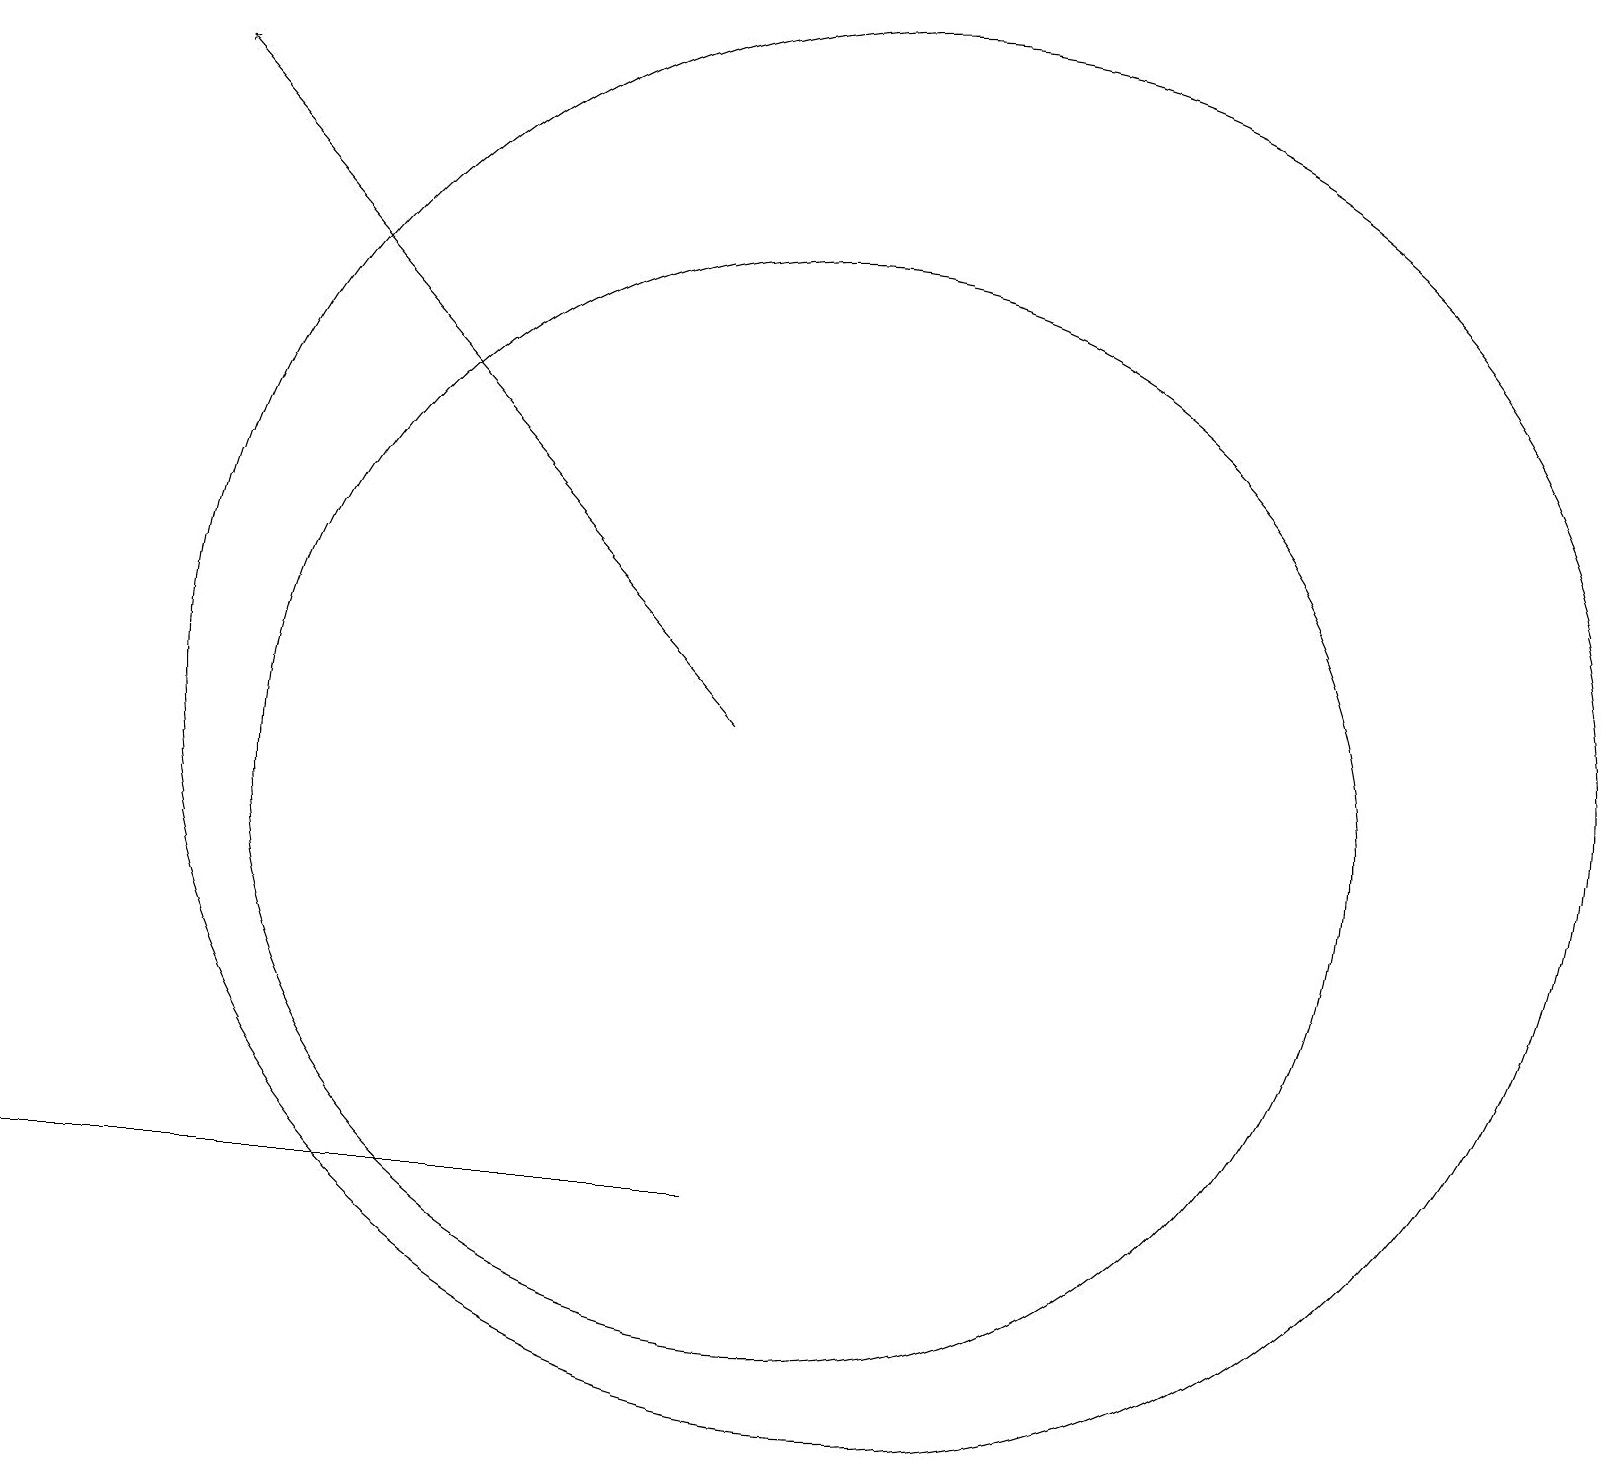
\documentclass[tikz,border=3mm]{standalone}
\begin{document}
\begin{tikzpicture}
\draw (11,11) circle (9);
\draw (10,10) circle (7);
\draw (7,5) -- (0,5) -- (9,5) -- cycle;
\draw[->] (9,11) -- (2,19);
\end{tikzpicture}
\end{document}